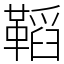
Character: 鞱